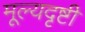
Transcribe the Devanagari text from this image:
मूल्यदृष्टी